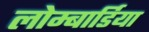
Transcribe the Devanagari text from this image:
लोम्बार्डिया